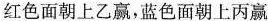
红色面朝上乙赢，蓝色面朝上丙赢